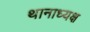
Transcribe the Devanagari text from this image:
थानाध्यक्ष